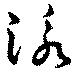
泳